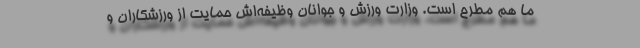
ما هم مطرح است. وزارت ورزش و جوانان وظیفه‌اش حمایت از ورزشکاران و